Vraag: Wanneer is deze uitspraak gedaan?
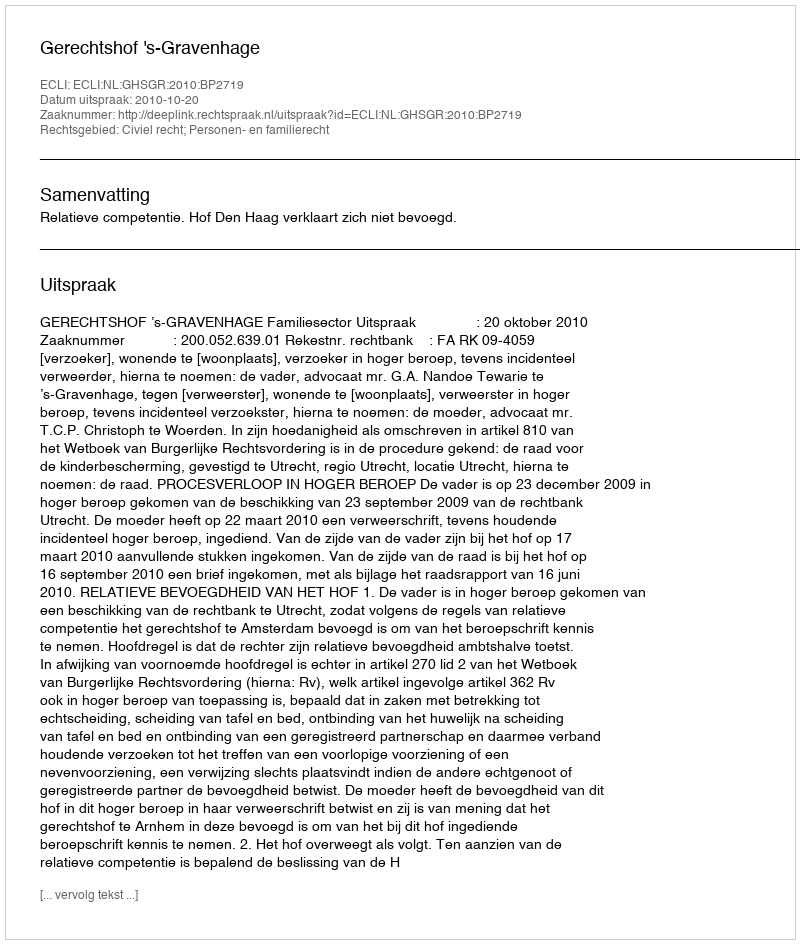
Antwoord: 2010-10-20